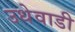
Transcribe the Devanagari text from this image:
उधेवाडी